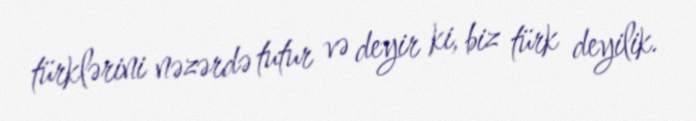
türklərini nəzərdə tutur və deyir ki, biz türk deyilik.